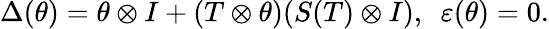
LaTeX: \Delta(\theta)=\theta\otimes I+(T\otimes\theta)(S(T)\otimes I),~~\varepsilon(\theta)=0.